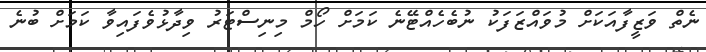
ނެތް ވަޒީފާއަކަށް މުވައްޒަފަކު ނުބެހެއްޓޭނެ ކަމަށް ހޯމް މިނިސްޓަރު ވިދާޅުވެފައިވާ ކަމަށް ބުނެ